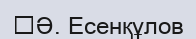
﻿Ә. Есенқұлов